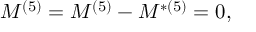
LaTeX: { \cal { M } } ^ { ( 5 ) } = M ^ { ( 5 ) } - M ^ { * ( 5 ) } = 0 ,